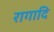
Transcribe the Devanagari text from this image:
रागादि